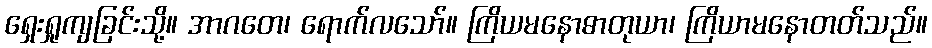
ရှေးရှုကျခြင်းသို့။ အာဂတေ၊ ရောက်လသော်။ ကြိယမနောဓာတုယာ၊ ကြိယာမနောတတ်သည်။